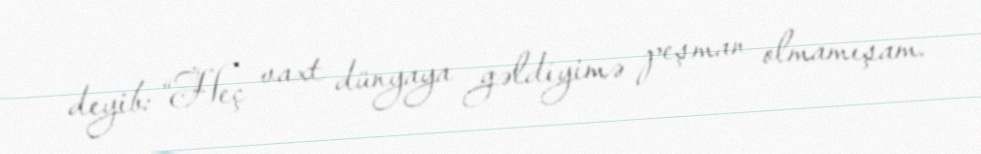
deyib: “Heç vaxt dünyaya gəldiyimə peşman olmamışam.